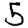
Digit: 5